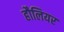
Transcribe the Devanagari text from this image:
हौलियर